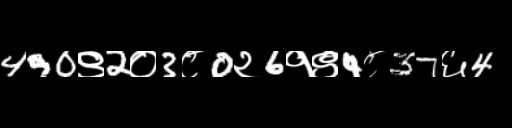
Text: 490९2०3८0२6१९4८37६4